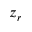
z _ { r }